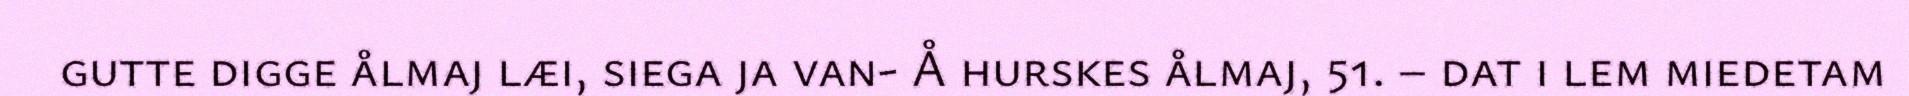
gutte digge ålmaj læi, siega ja van- Å hurskes ålmaj, 51. – dat i lem miedetam